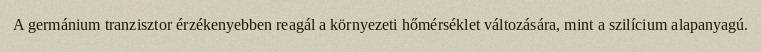
A germánium tranzisztor érzékenyebben reagál a környezeti hőmérséklet változására, mint a szilícium alapanyagú.